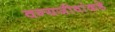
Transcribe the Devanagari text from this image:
वन्यजीवांकडे